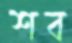
শব